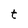
Character: t